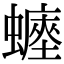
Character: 𧒐